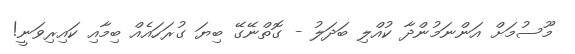
މޫސުމަށް އަންނަމުންދާ ކުއްލި ބަދަލު - ގޮތްނޭގޭ ބިޔަ ގުރަހައެއް ބިމާއި ކައިރިވަނީ!